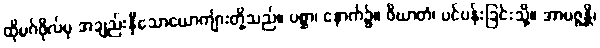
ထိုမဂ်ဖိုလ်မှ အချည်းနှီသောယောကျ်ားတို့သည်။ ပစ္ဆာ၊ နောက်၌။ ဝိဃာတံ၊ ပင်ပန်းခြင်းသို့။ အာပဇ္ဇန္တိ၊